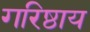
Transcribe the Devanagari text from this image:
गरिष्ठाय